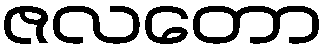
ဇလတော